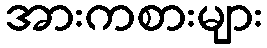
အားကစားများ